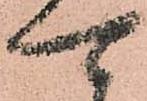
可